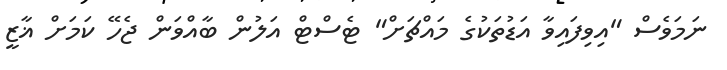
ނަމަވެސް "އިވިފައިވާ އަޑުތަކުގެ މައްޗަށް" ޓެސްޓް އަލުން ބާއްވަން ޖެހޭ ކަމަށް ޣާޒީ